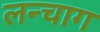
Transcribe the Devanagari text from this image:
लन्चाग